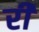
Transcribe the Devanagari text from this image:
रीं